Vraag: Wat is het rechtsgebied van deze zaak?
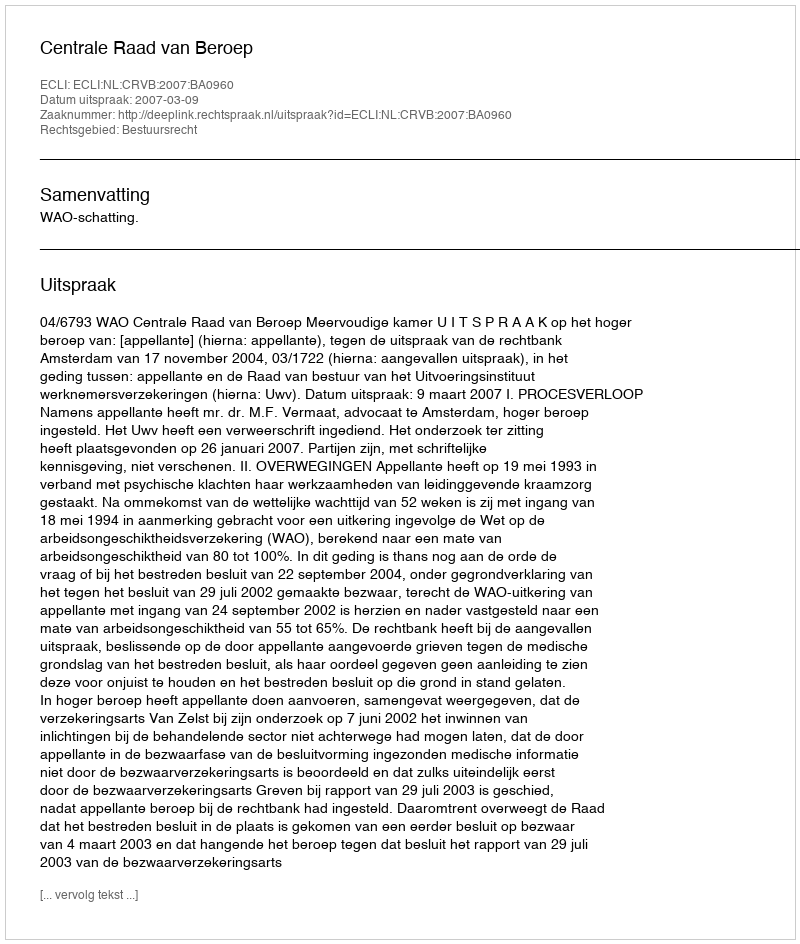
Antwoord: Bestuursrecht